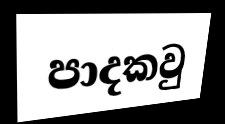
පාදකවු